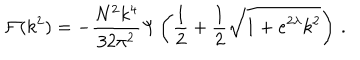
{ \cal F } ( k ^ { 2 } ) = - \frac { N ^ { 2 } k ^ { 4 } } { 3 2 \pi ^ { 2 } } \Psi \left( \frac { 1 } { 2 } + \frac { 1 } { 2 } \sqrt { 1 + e ^ { 2 \lambda } k ^ { 2 } } \right) \, .